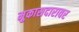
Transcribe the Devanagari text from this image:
मुकासदारावर